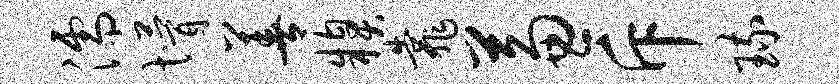
濡懵善糗靠兼斥琉